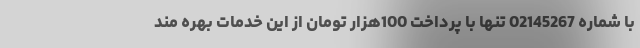
با شماره 02145267 تنها با پرداخت 100هزار تومان از این خدمات بهره مند